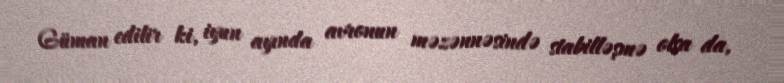
Güman edilir ki, iyun ayında avronun məzənnəsində stabilləşmə olsa da,